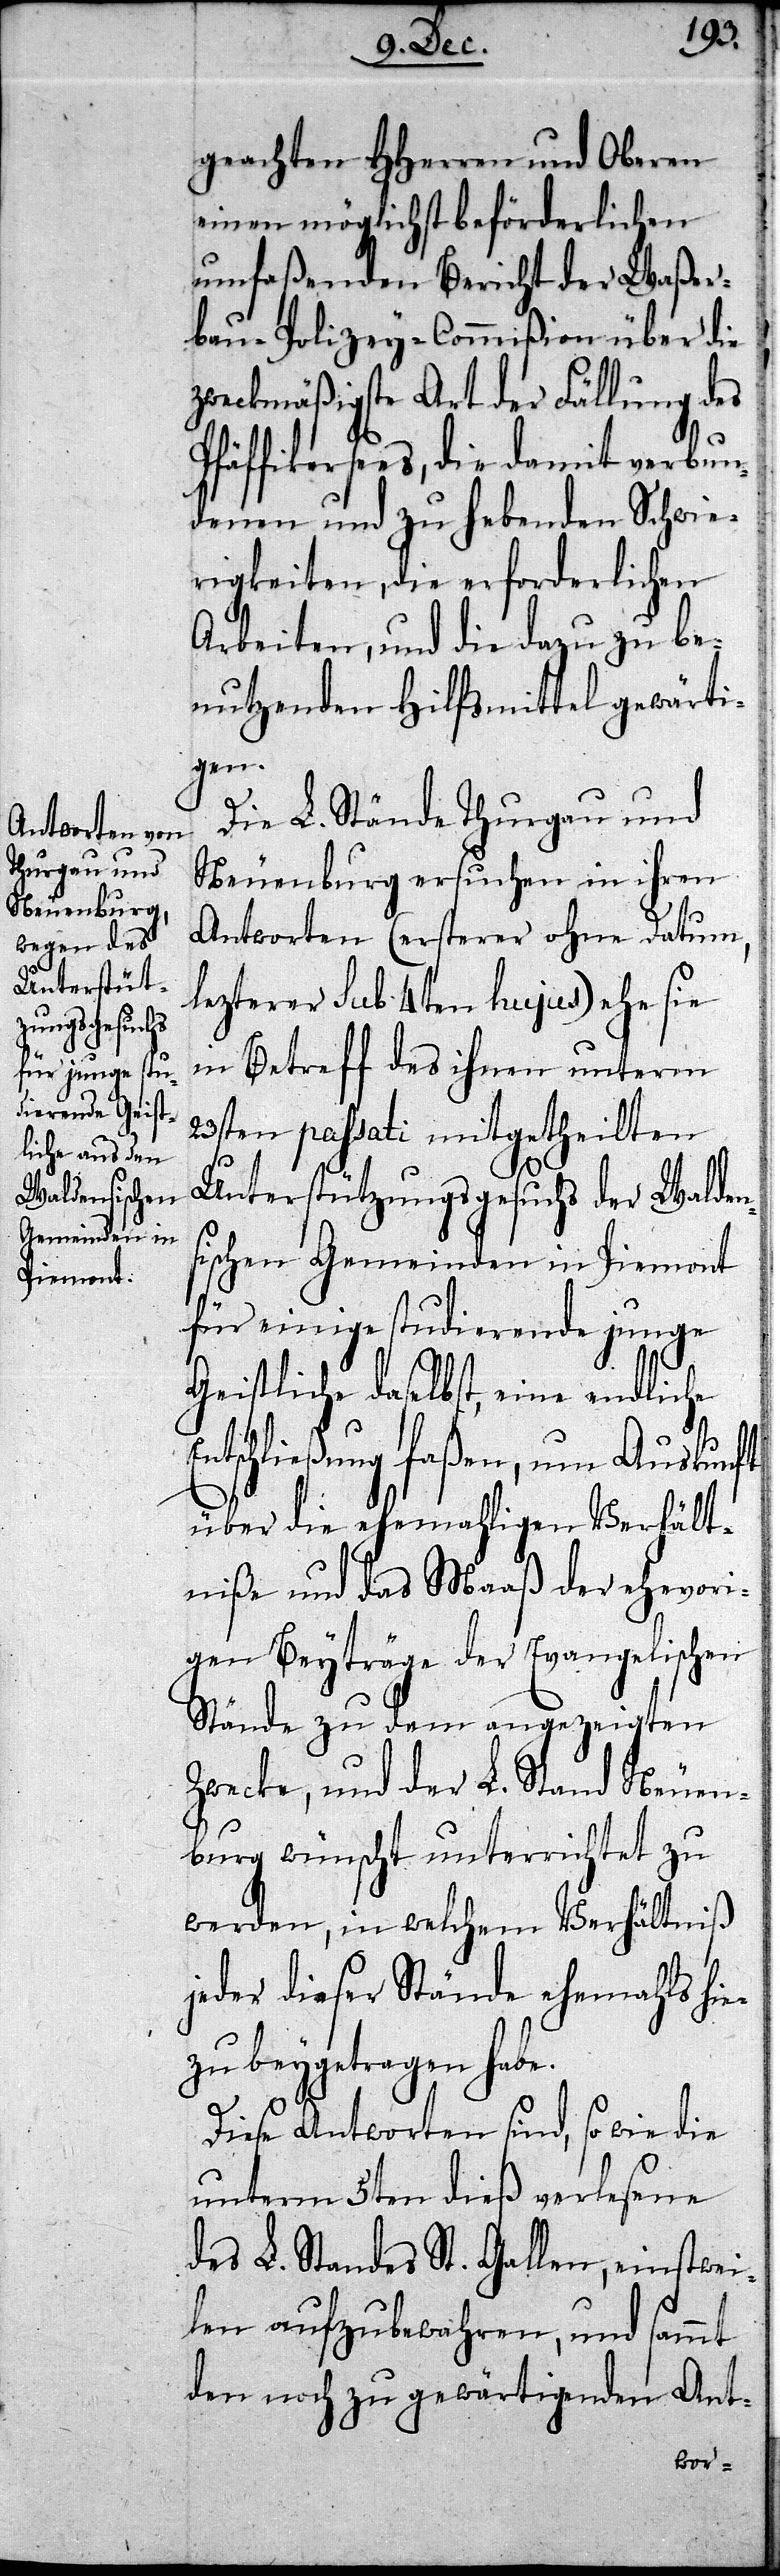
geachten HHerren und Oberen
einen möglichst beförderlichen
umfaßenden Bericht der Waßer¬
bau-Polizey-Commißion über die
zweckmäßigste Art der Fällung des
Pfäffikersees, die damit verbun¬
denen und zu hebenden Schwie¬
rigkeiten, die erforderlichen
Arbeiten, und die dazu be¬
nutzenden Hilfsmittel gewärti¬
gen.
Die L. Stände Thurgau und
Neuenburg ersuchen in ihren
Antworten (ersterer ohne Datum,
lezterer sub 4ten hujus) ehe sie
in Betreff des ihnen unterm
23sten passati mitgetheilten
Unterstützungsgesuchs der Walden¬
sischen Gemeinden in Piemont
für einige studierende junge
Geistliche daselbst, eine endliche
Entschließung faßen, um Auskunft
über die ehemahligen Verhält¬
niße und das Maaß der ehevori¬
gen Beyträge der Evangelischen
Stände zu dem angezeigten
Zwecke, und der L. Stand Neuen¬
burg wünscht unterrichtet zu
werden, in welchem Verhältniß
jeder dieser Stände ehemahls hie¬
zu beygetragen habe.
Diese Antworten sind, so wie die
unterm 5ten dieß verlesene
des L. Standes St. Gallen, einstwei¬
len aufzubewahren, und sammt
den noch zu gewärtigenden Ant-